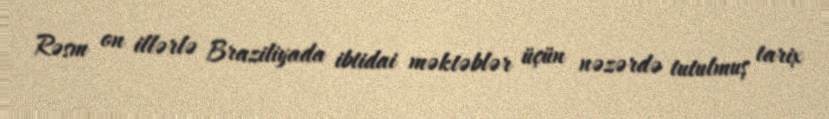
Rəsm on illərlə Braziliyada ibtidai məktəblər üçün nəzərdə tutulmuş tarix